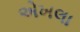
એખલા